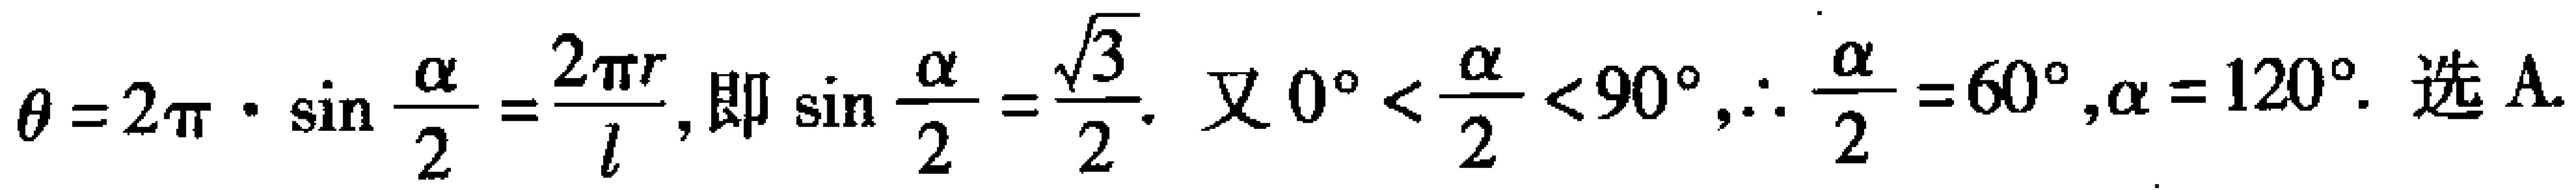
\(\theta = 2\pi\cdot\sin\frac{\alpha}{2}=\frac{2\pi r}{l},\text{即}\sin\frac{\alpha}{2}=\frac{\sqrt{3}}{2}.\text{ 又 }0^{\circ}<\frac{\alpha}{2}<90^{\circ},\therefore\frac{\alpha}{2}=60^{\circ},\alpha = 120^{\circ}.\text{ 选A.}\)